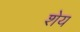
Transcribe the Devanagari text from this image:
शेय